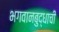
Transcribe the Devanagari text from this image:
भगवानबुद्धाची